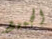
الجميع